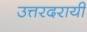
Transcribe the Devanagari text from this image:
उत्तरदरायी